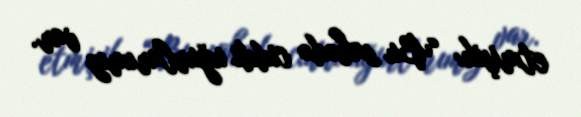
etmişik: “Bu sahədə ciddi uğurlarımız var.